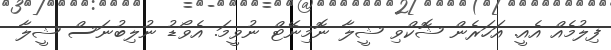
ފިލުމެއް އެއީ. އަހަރެން ޝޮކްވި ޝީލާ ނޮމިނޭޓް ނުވީމަ. އެވޯޑު ނުލިބުނަސް ޝީލާ